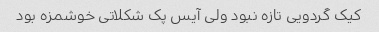
کیک گردویی تازه نبود ولی آیس پک شکلاتی خوشمزه بود